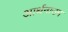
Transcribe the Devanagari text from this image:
आर्थनाउम